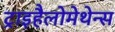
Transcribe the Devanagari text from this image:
ट्राइहैलोमेथेन्स